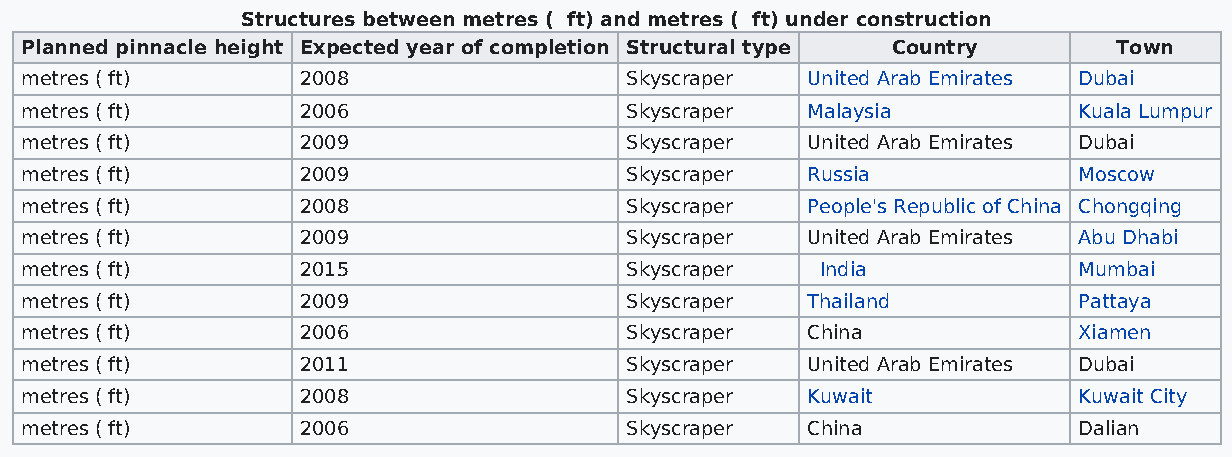
Structures between metres ( ft) and metres ( ft) under construction
 Planned pinnacle height Expected year of completion Structural type Country Town
 metres ( ft)       2008                 Skyscraper  United Arab Emirates Dubai
 metres ( ft)       2006                 Skyscraper  Malaysia          Kuala Lumpur
 metres ( ft)       2009                 Skyscraper  United Arab Emirates Dubai
 metres ( ft)       2009                 Skyscraper  Russia            Moscow
 metres ( ft)       2008                 Skyscraper  People's Republic of China Chongqing
 metres ( ft)       2009                 Skyscraper  United Arab Emirates Abu Dhabi
 metres ( ft)       2015                 Skyscraper   India            Mumbai
 metres ( ft)       2009                 Skyscraper  Thailand          Pattaya
 metres ( ft)       2006                 Skyscraper  China             Xiamen
 metres ( ft)       2011                 Skyscraper  United Arab Emirates Dubai
 metres ( ft)       2008                 Skyscraper  Kuwait            Kuwait City
 metres ( ft)       2006                 Skyscraper  China             Dalian